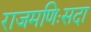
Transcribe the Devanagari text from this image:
राजमणिःसदा